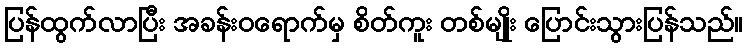
ပြန်ထွက်လာပြီး အခန်းဝရောက်မှ စိတ်ကူး တစ်မျိုး ပြောင်းသွားပြန်သည်။